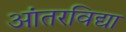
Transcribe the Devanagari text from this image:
आंतरविद्या